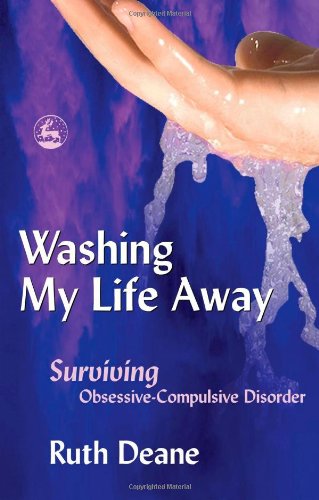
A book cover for Washing My Life Away: Surviving Obsessive-Compulsive Disorder; Ruth Deane; Health, Fitness & Dieting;